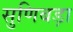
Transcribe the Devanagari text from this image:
सुणिबड़ा